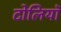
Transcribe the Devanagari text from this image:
टोलियॉ